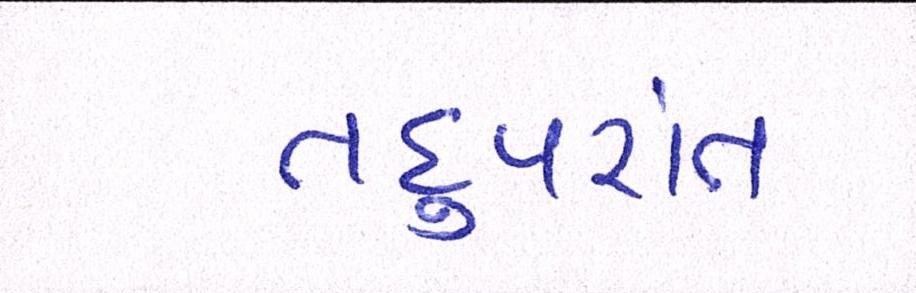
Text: તદુપરાંત